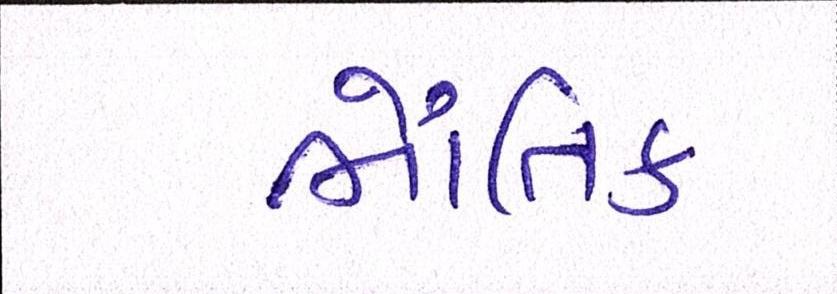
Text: ભૌતિક